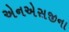
એનએસજીના